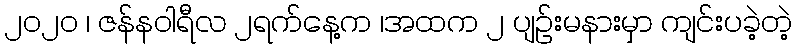
၂၀၂၀ ၊ ဇန်နဝါရီလ ၂ရက်နေ့က ၊အထက ၂ ပျဉ်းမနားမှာ ကျင်းပခဲ့တဲ့